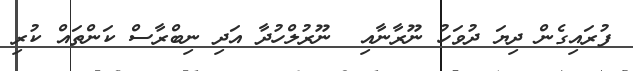
ފުރައިގެން ދިޔަ ދުވަހު ނޫރާނާއި  ނޫރުލްހުދާ އަދި ނިބްރާސް ކަންތައް ކުރި